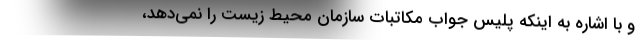
و با اشاره به اینکه پلیس جواب مکاتبات سازمان محیط زیست را نمی‌دهد،